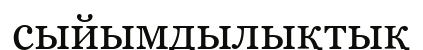
сыйымдылықтық